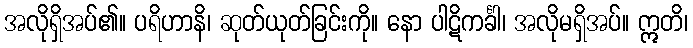
အလိုရှိအပ်၏။ ပရိဟာနိ၊ ဆုတ်ယုတ်ခြင်းကို။ နော ပါဋိကင်္ခါ၊ အလိုမရှိအပ်။ ဣတိ၊